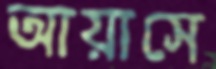
আয়াসে